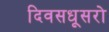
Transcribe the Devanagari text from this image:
दिवसधूसरो